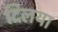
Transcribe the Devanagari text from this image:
दिलया